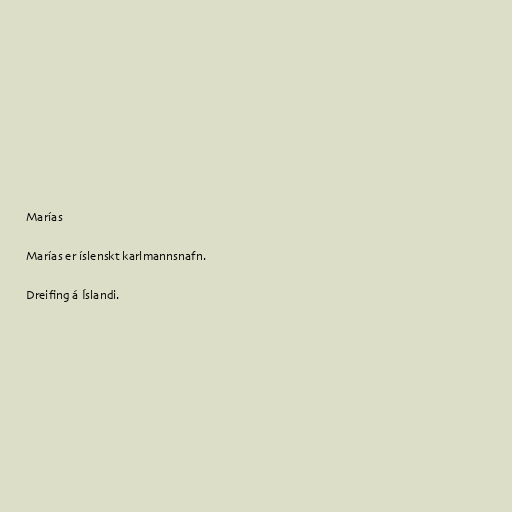
Marías

Marías er íslenskt karlmannsnafn.

Dreifing á Íslandi.